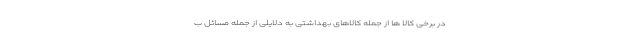
در برخی کالا ها از جمله کالاهای بهداشتی به دلایلی از جمله مسائل ب